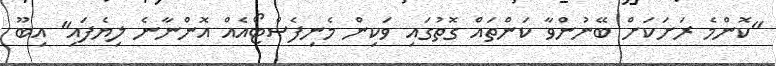
"ކޮންމެ ރަށަކަށް ބޭނުންވާ ކަންތައް ގޮތުގައި ވަކިން މެނިފެސްޓޯއެއް އޮންނާނެ ލިޔެފައި" އިބޫ